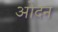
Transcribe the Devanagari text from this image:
ओदन